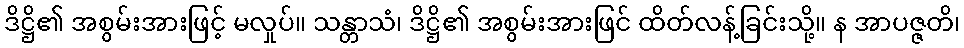
ဒိဋ္ဌိ၏ အစွမ်းအားဖြင့် မလှုပ်။ သန္တာသံ၊ ဒိဋ္ဌိ၏ အစွမ်းအားဖြင် ထိတ်လန့်ခြင်းသို့။ န အာပဇ္ဇတိ၊